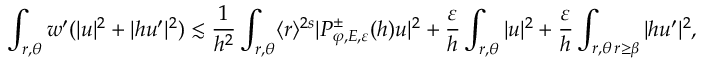
\int _ { r , \theta } w ^ { \prime } ( | u | ^ { 2 } + | h u ^ { \prime } | ^ { 2 } ) \lesssim \frac { 1 } { h ^ { 2 } } \int _ { r , \theta } \langle r \rangle ^ { 2 s } | P _ { \varphi , E , \varepsilon } ^ { \pm } ( h ) u | ^ { 2 } + \frac { \varepsilon } { h } \int _ { r , \theta } | u | ^ { 2 } + \frac { \varepsilon } { h } \int _ { \substack { r , \theta \, r \geq \beta } } | h u ^ { \prime } | ^ { 2 } ,